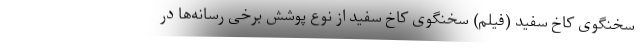
سخنگوی کاخ سفید (فیلم) سخنگوی کاخ سفید از نوع پوشش برخی رسانه‌ها در